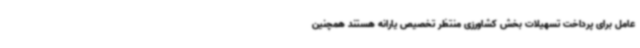
عامل برای پرداخت تسهیلات بخش کشاورزی منتظر تخصیص یارانه هستند همچنین